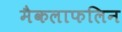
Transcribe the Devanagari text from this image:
मैकलाफलिन